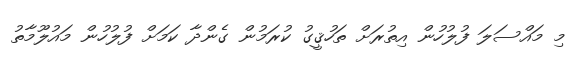
މި މައްސަލަ ފުލުހުން އިތުރަށް ތަހުޤީގު ކުރަމުން ގެންދާ ކަމަށް ފުލުހުން މައުލޫމާތު